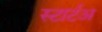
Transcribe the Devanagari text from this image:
स्टार्टअ